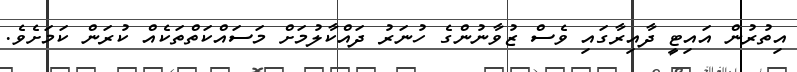
އިތުރުން އައިޓީ ދާއިރާގައި ވެސް ޒުވާނުންގެ ހުނަރު ދައްކާލުމަށް މަސައްކަތްތަކެއް ކުރަން ކަމަށެވެ.